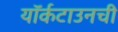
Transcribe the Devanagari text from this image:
यॉर्कटाउनची